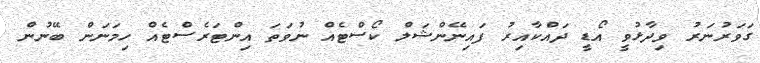
ގަވަރުނަރު ވިދާޅުވީ އޯޑީ ދައްކާއިރު ފައިނޭންޝަލް ކޯސްޓެއް ނުވަތަ އިންޓަރެސްޓެއް ހިމަނަން ބޭނުން